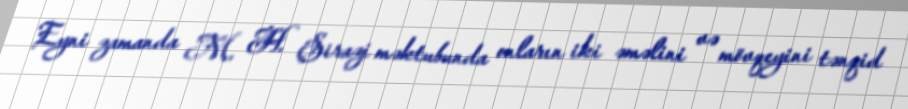
Eyni zamanda M. H. Şirazi məktubunda onların iki əməlini və mövqeyini tənqid